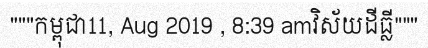
"""កម្ពុជា11, Aug 2019 , 8:39 amវិស័យដីធ្លី"""